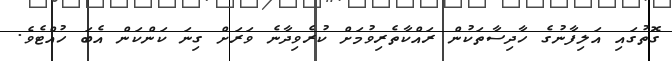
ގޮތުގައި އަލިފާނުގެ ހާދިސާތަކުން ރައްކާތެރިވުމަށް ކުރެވިދާނެ ވަރަށް ގިނަ ކަންކަން އެބަ ހުއްޓެވެ.